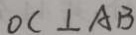
O C \bot A B